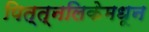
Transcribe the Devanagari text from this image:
पित्त्नलिकेमधून